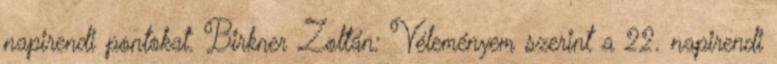
napirendi pontokat. Birkner Zoltán: Véleményem szerint a 22. napirendi